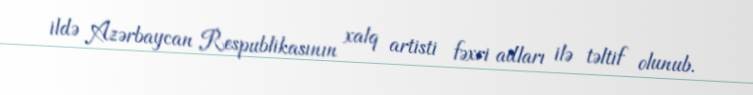
ildə Azərbaycan Respublikasının xalq artisti fəxri adları ilə təltif olunub.